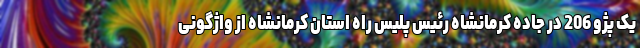
یک پژو 206 در جاده کرمانشاه رئیس پلیس راه استان کرمانشاه از واژگونی